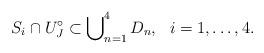
LaTeX: \begin{align*}S_i \cap U^\circ_J \subset \bigcup\nolimits^4_{n=1} D_n, \ \ i=1,\ldots,4.\end{align*}